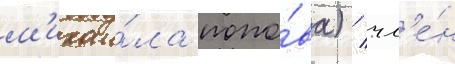
м'ихаи́ла попо́ва) / чл'е́н